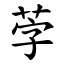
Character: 茡